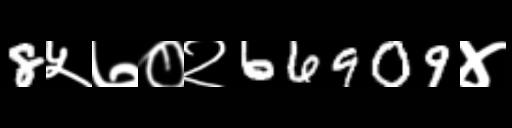
Text: 8५७०२66909४